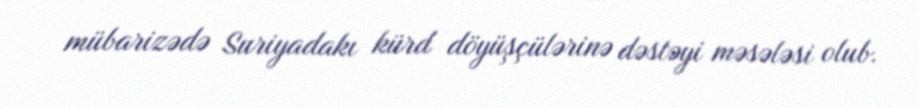
mübarizədə Suriyadakı kürd döyüşçülərinə dəstəyi məsələsi olub.